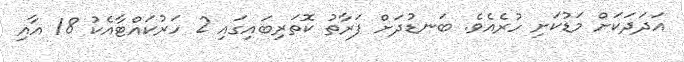
އަދަދަކަށް މަޑުކަށި ހުރެއެވެ. ބަނޑުދަށް ފަރާތު ކޮތަރިބައިގައި 2 ހަރުކައްޓާއެކު 18 އާއި